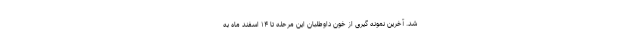
شد. آخرین نمونه گیری از خون داوطلبان این مرحله تا ۱۴ اسفند ماه به